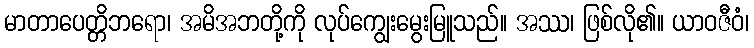
မာတာပေတ္တိဘရော၊ အမိအဘတို့ကို လုပ်ကျွေးမွေးမြူသည်။ အဿ၊ ဖြစ်လို၏။ ယာဝဇီဝံ၊